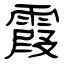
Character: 霞